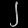
Digit: ၂